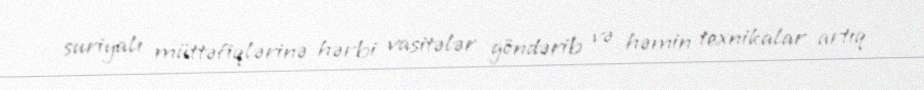
suriyalı müttəfiqlərinə hərbi vasitələr göndərib və həmin texnikalar artıq